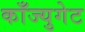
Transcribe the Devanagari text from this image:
काँज्युगेट